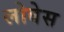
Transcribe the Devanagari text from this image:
लोबेस